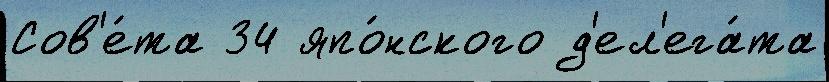
Сов'е́та 34 япо́нского д'ел'ега́та